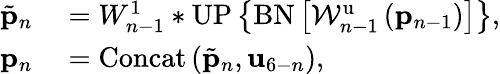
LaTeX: \begin{array}{rl}{\tilde{{\mathbf p}}_{n}}&{{}=W_{n-1}^{1}*\mathrm{UP}\left\{ \mathrm{BN}\left[\mathcal{W}_{n-1}^{\mathrm{u}}\left({\mathbf p}_{n-1}\right)\right]\right\} ,}\\ {{\mathbf p}_{n}}&{{}=\mathrm{Concat}\left(\tilde{{\mathbf p}}_{n},{\mathbf u}_{6-n}\right),}\end{array}